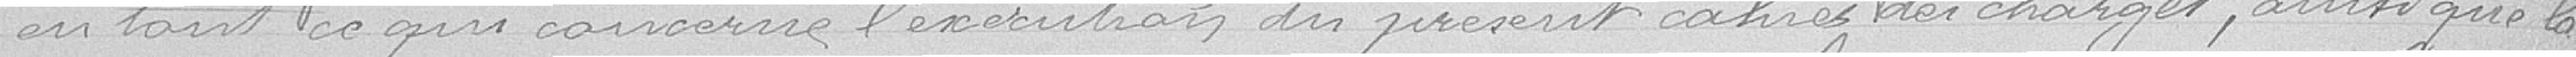
en tant ce qui concerne l'exécution du présent cahier des charges, ainsi que la